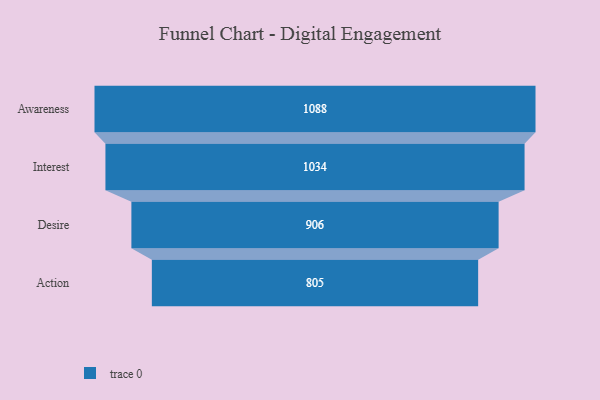
{"axis": {"x": "Stage", "y": "Value"}, "legend": [""], "data": [{"x": "Awareness", "y": 1088.0, "type": ""}, {"x": "Interest", "y": 1034.0, "type": ""}, {"x": "Desire", "y": 906.0, "type": ""}, {"x": "Action", "y": 805.0, "type": ""}]}